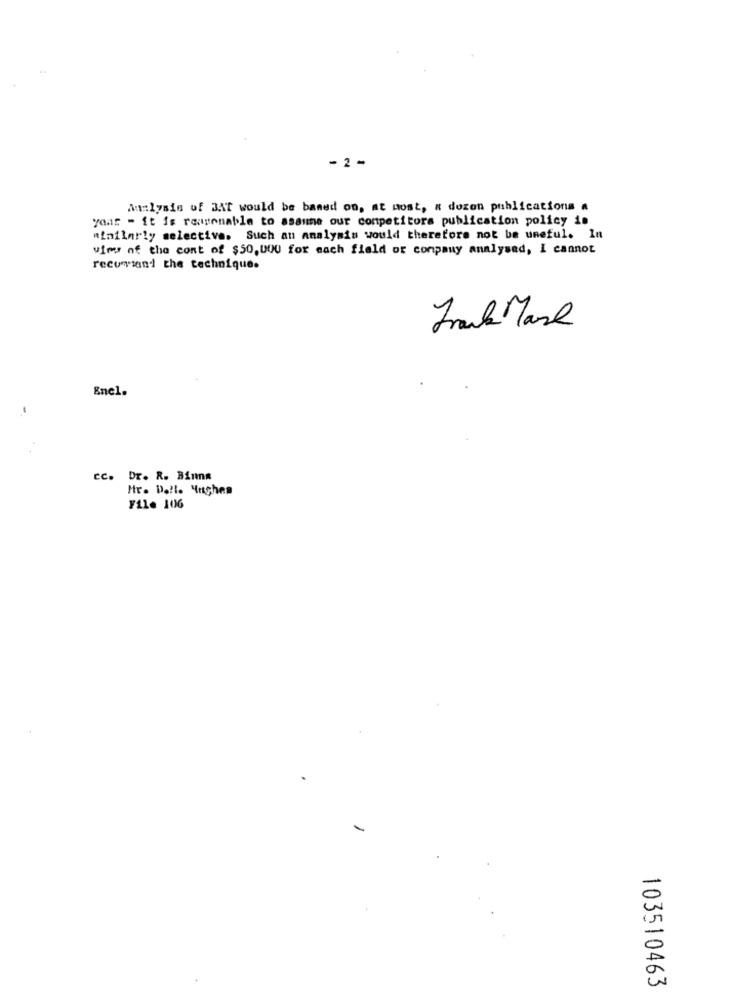
- 2 -
Analysis of BAT would be based on, at most, a dozen publications a
your - it is reasonable to assume our competitors publication policy is
minilarly selective. Such an analysis would therefore not be useful. In
wims of the cont of $50,000 for each field or company analysed, I cannot
recusand the technique.
Frank Mark
Enel.
cc.
Dr. R. Binna
Hr. Dalle Hughes
File 1016
103510463